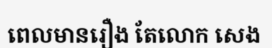
ពេលមានរឿង តែលោក សេង